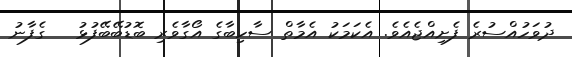
ދުވަހުއްސުރެ ފެށިއްޖެއެވެ. އެކަމަކު އެމާތް ސާހިބާގެ އޯގާވެރި ބޮޑުބޭބޭފުޅު   ގެފާނު